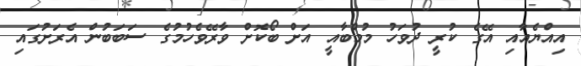
އިއްޔެއާއި އޭގެ ކުރީ ދުވަހު މުމްބާއީ އަށް ބޯކޮށް ވާރޭވެހުމުގެ ސަބަބުން އެރަށުގައި